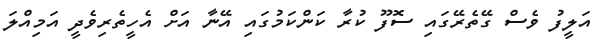
އަލީފު ވެސް ގޭތެރޭގައި ސޮފޫ ކުރާ ކަންކަމުގައި އޭނާ އަށް އެހީތެރިވެދީ އަމިއްލަ